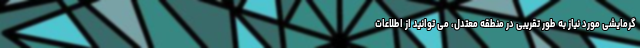
گرمایشی مورد نیاز به طور تقریبی در منطقه معتدل، می توانید از اطلاعات